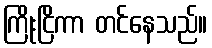
ကြိုးငြိကာ တင်နေသည်။